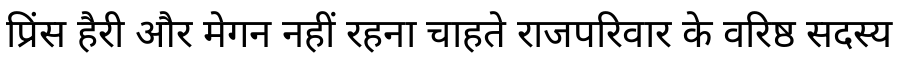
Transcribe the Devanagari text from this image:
प्रिंस हैरी और मेगन नहीं रहना चाहते राजपरिवार के वरिष्ठ सदस्य